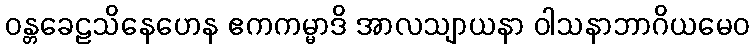
ဝန္တခေဠသိနေဟေန ဧကကမ္မာဒိ အာလသျာယနာ ဝါသနာဘာဂိယမေဝ